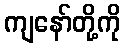
ကျနော်တို့ကို